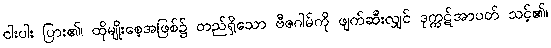
ငါးပါး ပြား၏၊ ထိုမျိုးစေ့အဖြစ်၌ တည်ရှိသော ဗီဇဂါမ်ကို ဖျက်ဆီးလျှင် ဒုက္ကဋ်အာပတ် သင့်၏၊